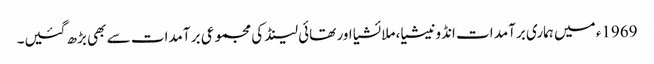
1969ء میں ہماری برآمد ات انڈونیشیا، ملائشیا اور تھائی لینڈ کی مجموعی بر آمدات سے بھی بڑھ گئیں۔